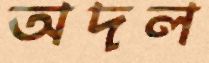
অদল